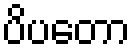
ပိပတော